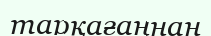
тарқағаннан